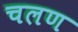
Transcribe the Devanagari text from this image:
चलण